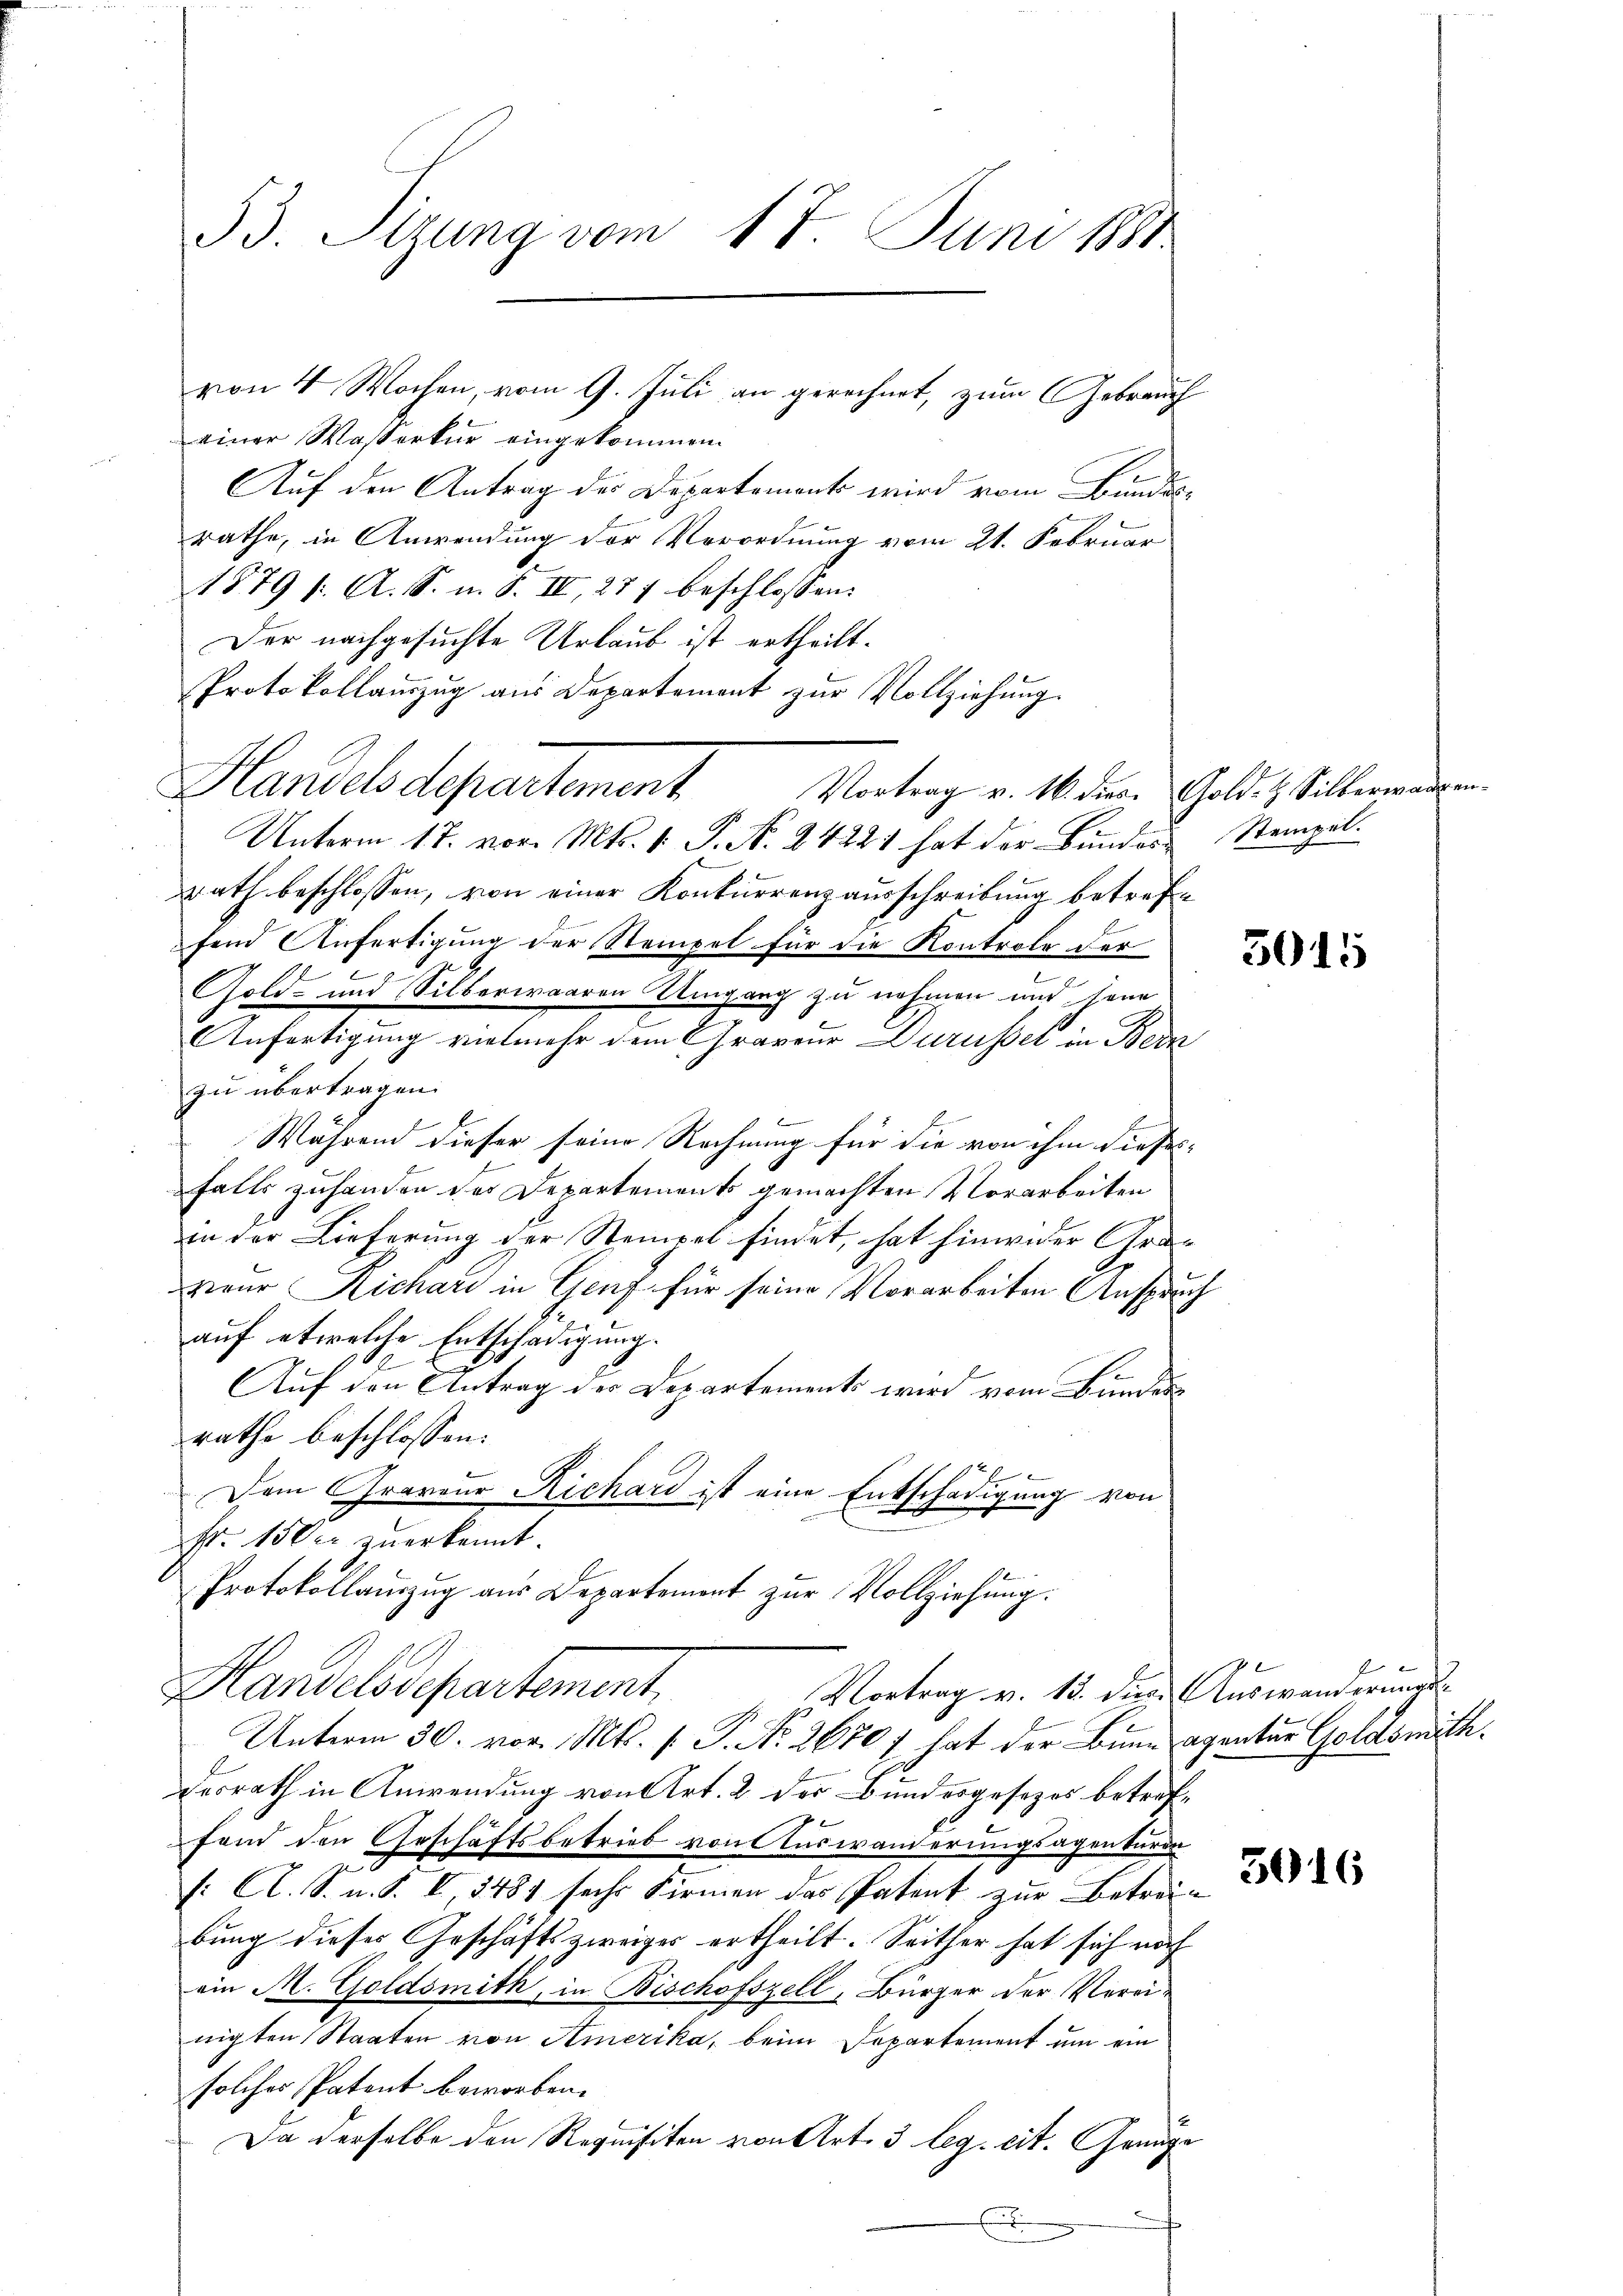
53. Sizung vom 17. Juni 1881

einer Wasserkur eingekommen.
Auf den Antrag des Departement wird vom Bundesrathe, in Anwendung der Verordnung vom 21. Februar
l
1879 f. A. S. u. S. II, 277 beschlossen:
Der nachgesuchte Urlaub ist ertheilt.
Protokollauszug aus Departement zur Vollziehung
Handelsdepartement. Vortrag v. 10. dem Gold & Sillerwenden
Unterm 17. vor. Mts. 1. P. N. 24221 hat der Bundes Stempel.
rath beschlossen, von einer Konkurrenzausschreibung betrefsein Anfertigung der Stempel für die Kontrole der
e
Gold- und Silberwaaren Umgang zu nehmen und jene
Anfertigung vielmehr dem Craveur Durusser in Berz
zu übertragen.
Eine
Während dieser seine Rechnung für die von ihm dieses
falls zuhanden der Departements gemachten Vorarbeiten
in der Lieferung der Stempel findet, hat hinwider Graveur Richari in Genf für seine Vorarbeiten Anspruch
auf etwelche Entschädigung.
Auf den Antrag der Departements wird vom Bunders
rathe beschlossen:

Dem Graveur Richard ist eine Entschädigung von
fr. 150 er zuerkennt.
Protokollauszug aus Departement zur Vollziehung:
Handelsdepartement.
Vortrag v. 15. dies. Auswanderungs¬
Unterm 30. vor. Mts. f. P. Nr. 26707 hat der Bann agentur Goldswuth.
desrath in Anwendung von Art. 2 der Bundesgesezes betreffand den Geschäftsbetrieb von Auswanderungsagenturen
[: A. S. u. S. I 3481 sechs Firmen das Patent zur Betrei-
bung dieses Geschäftszweiges ertheilt. Seither hat sich noch
ein A. Goldsmith, in Bischofszell, Bürger der Vereinigten Staaten von Amerika, beim Departement um ein
solches Patent beworben.
Da derselbe den Requisiten von Art. 3 leg. cit. Genüg

von 4 Wochen, vom 9. Juli an gerechnet, zum Gebrauch

E

2
.

2

3015

3016